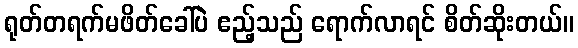
ရုတ်တရက်မဖိတ်ခေါ်ပဲ ဧည့်သည် ရောက်လာရင် စိတ်ဆိုးတယ်။